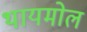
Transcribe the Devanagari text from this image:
थायमोल